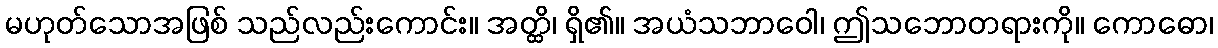
မဟုတ်သောအဖြစ် သည်လည်းကောင်း။ အတ္ထိ၊ ရှိ၏။ အယံသဘာဝေါ၊ ဤသဘောတရားကို။ ကောဓော၊